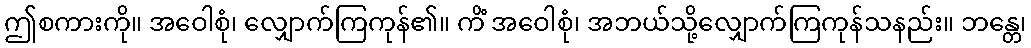
ဤစကားကို။ အဝေါစုံ၊ လျှောက်ကြကုန်၏။ ကိံ အဝေါစုံ၊ အဘယ်သို့လျှောက်ကြကုန်သနည်း။ ဘန္တေ၊